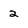
Character: 2